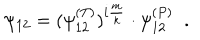
\psi _ { 1 2 } = ( \psi _ { 1 2 } ^ { ( T ) } ) ^ { i \frac { m } { k } } \cdot \psi _ { 1 2 } ^ { ( P ) } \; \; .